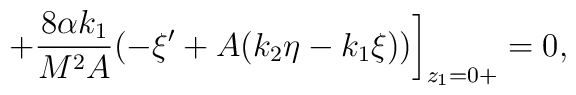
+\frac{8\alpha k_1}{M^2 A} (-\xi^\prime+A(k_2\eta-k_1\xi))\bigg]_{z_1=0+}=0,